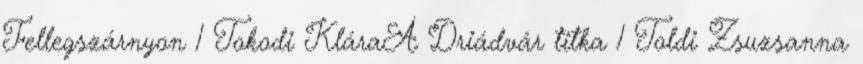
Fellegszárnyon 1 Tokodi KláraA Driádvár titka 1 Toldi Zsuzsanna